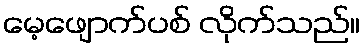
မေ့ဖျောက်ပစ် လိုက်သည်။